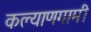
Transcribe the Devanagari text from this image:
कल्याणगामी